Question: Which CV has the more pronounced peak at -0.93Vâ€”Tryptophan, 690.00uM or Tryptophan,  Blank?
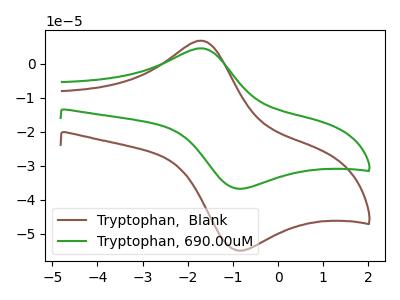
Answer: <think>The brown curve "Tryptophan,  Blank" has an anodic peak at (-1.70V, 6.80uA) and a cathodic peak at (-0.95V, -54.85uA). The green curve "Tryptophan, 690.00uM" has an anodic peak at (-1.70V, 4.55uA) and a cathodic peak at (-0.95V, -36.70uA).</think>
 <answer>The peak at -0.93V is lower in "Tryptophan, 690.00uM" than in "Tryptophan,  Blank".</answer>
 <eval>lower</eval>